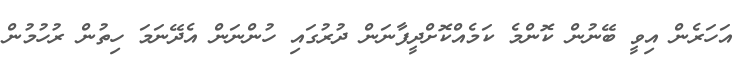
އަހަރެން އިވީ ބޭނުން ކޮންމެ ކަމެއްކޮށްދީފާނަން ދުރުގައި ހުންނަން އެދޭނަމަ ހިތުން ރުހުމުން